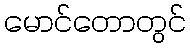
မောင်တောတွင်